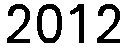
2012